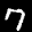
Label: 7